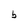
Character: b